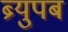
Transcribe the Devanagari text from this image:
ब्र्युपब